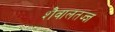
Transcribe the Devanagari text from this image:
शैवालतज्ज्ञ